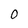
Character: O